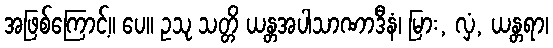
အဖြစ်ကြောင့်။ ပေ။ ဥသု သတ္တိ ယန္တအပါသာဏာဒီနံ၊ မြား, လှံ, ယန္တရာ၊